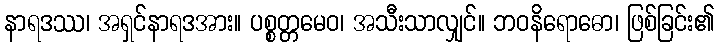
နာရဒဿ၊ အရှင်နာရဒအား။ ပစ္စတ္တမေဝ၊ အသီးသာလျှင်။ ဘဝနိရောဓော၊ ဖြစ်ခြင်း၏